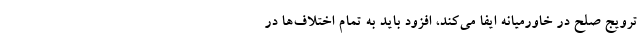
ترویج صلح در خاورمیانه ایفا می‌کند، افزود باید به تمام اختلاف‌ها در